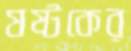
ষষ্টকের